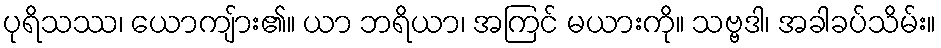
ပုရိသဿ၊ ယောကျ်ား၏။ ယာ ဘရိယာ၊ အကြင် မယားကို။ သဗ္ဗဒါ၊ အခါခပ်သိမ်း။